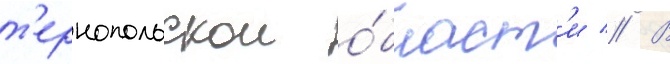
т'ернопольскои о́бласт'и // В